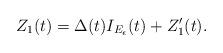
LaTeX: \begin{align*}Z_{1}(t)=\Delta(t)I_{E_{\epsilon}}(t)+Z_{1}^{\prime}(t). \end{align*}